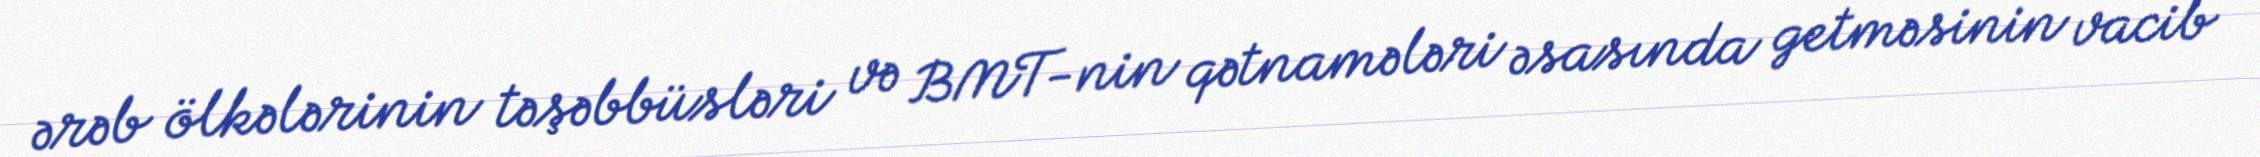
ərəb ölkələrinin təşəbbüsləri və BMT-nin qətnamələri əsasında getməsinin vacib